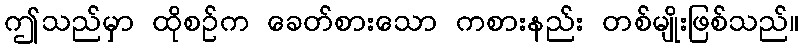
ဤသည်မှာ ထိုစဉ်က ခေတ်စားသော ကစားနည်း တစ်မျိုးဖြစ်သည်။